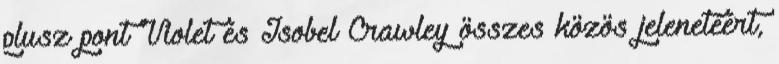
plusz pont Violet és Isobel Crawley összes közös jelenetéért,